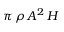
\pi \, \rho \, A ^ { 2 } \, H